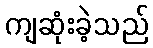
ကျဆုံးခဲ့သည်